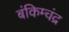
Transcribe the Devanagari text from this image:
बंकिम्चंद्र